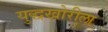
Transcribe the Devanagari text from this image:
युद्धखोरीला